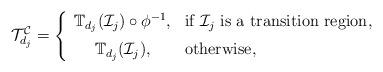
LaTeX: \begin{align*}\mathcal{T}_{d_j}^{\mathcal{C}} =\left\{\begin{array}{cl}\mathbb{T}_{d_j}(\mathcal{I}_j) \circ \phi ^{-1} , & \mbox{if } \mathcal{I}_j \mbox{ is a transition region}, \\ [0.5 em]\mathbb{T}_{d_j}(\mathcal{I}_j) , & \mbox{otherwise},\end{array}\right.\end{align*}